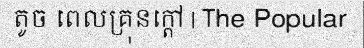
តូច ពេលគ្រុនក្តៅ | The Popular